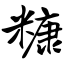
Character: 糠